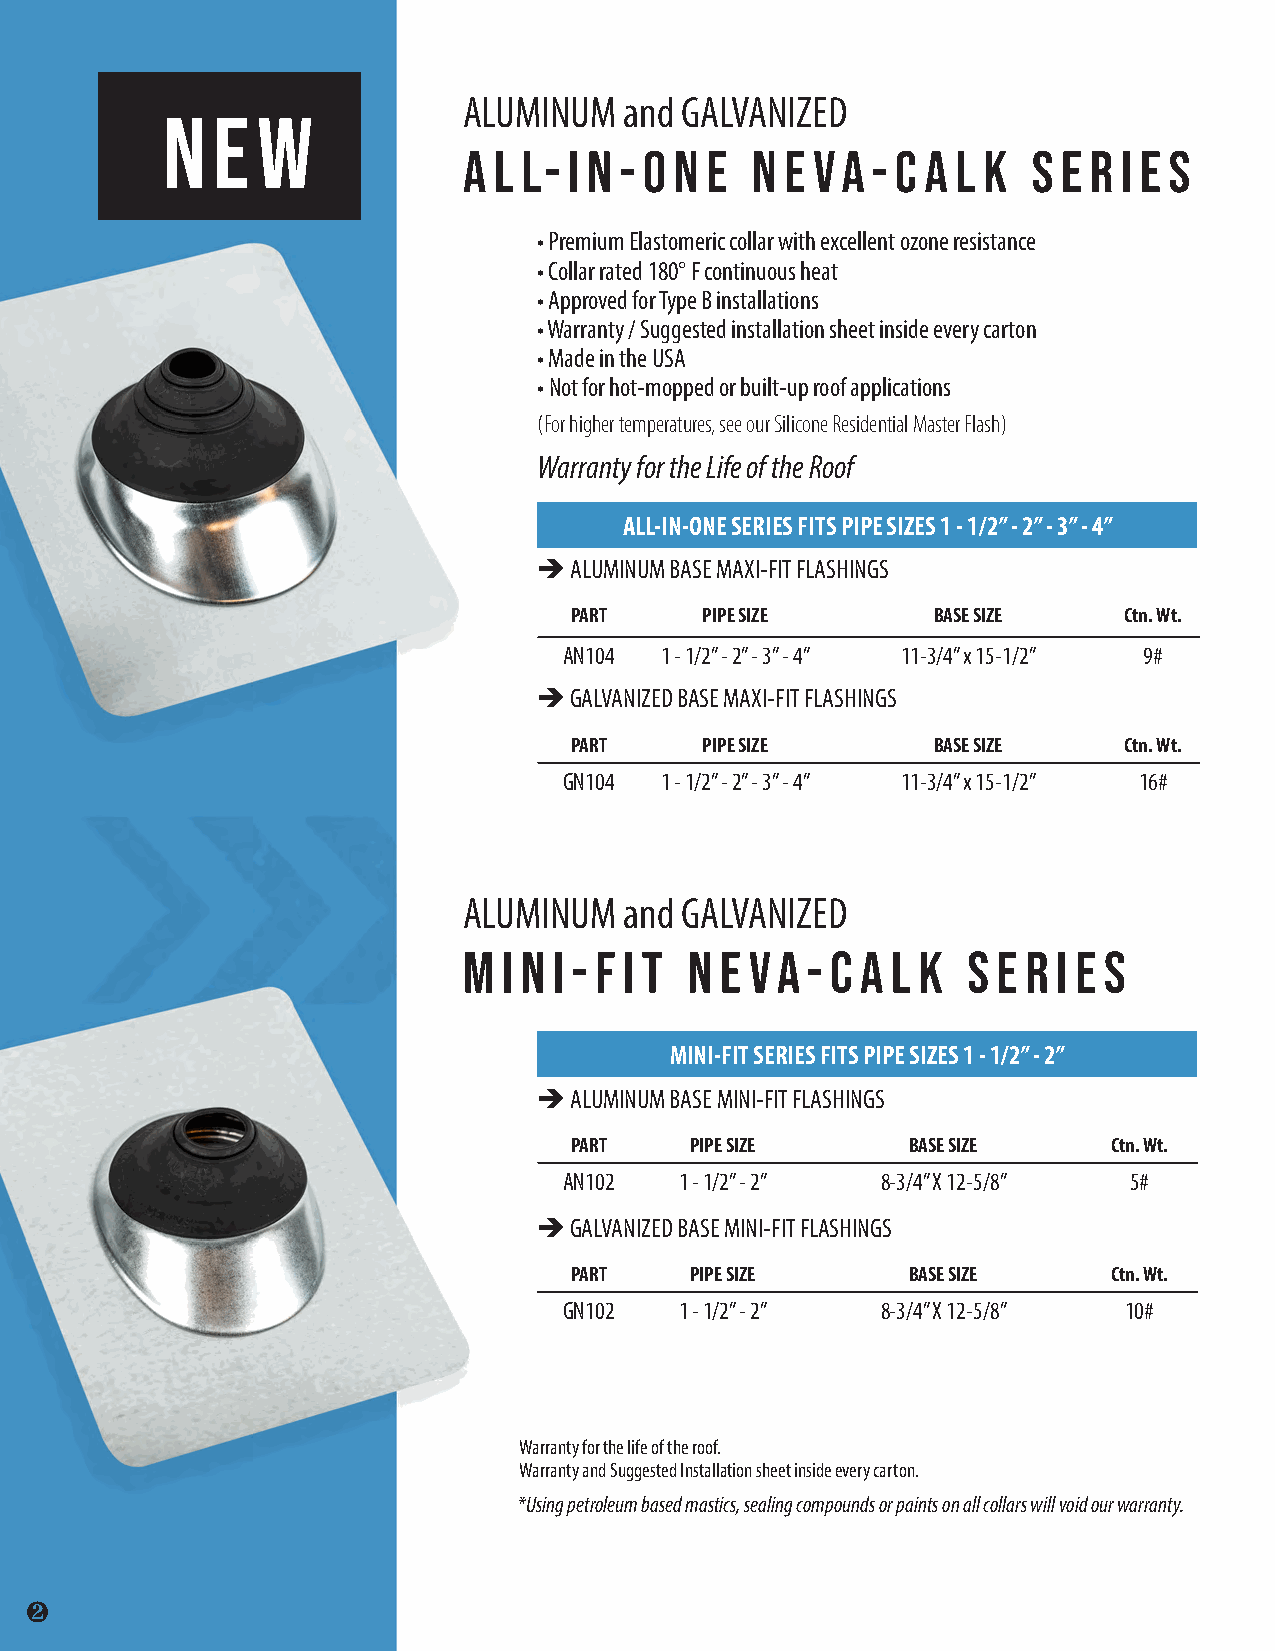
ALUMINUM  and GALVANIZED
 N  E  W
 A L L- I N - O N E n e va  - c a l k s e r i e s
 • Premium Elastomeric collar with excellent ozone resistance
 • Collar rated 180° F continuous heat
 • Approved for Type B installations
 • Warranty / Suggested installation sheet inside every carton
 • Made in the USA
 • Not for hot-mopped or built-up roof applications
 (For higher temperatures, see our Silicone Residential Master Flash)
 Warranty for the Life of the Roof
 ALL-IN-ONE SERIES FITS PIPE SIZES 1 - 1/2” - 2” - 3” - 4”
  ALUMINUM BASE MAXI-FIT FLASHINGS
 PART    PIPE SIZE       BASE SIZE   Ctn. Wt.
 AN104  1 - 1/2” - 2” - 3” - 4” 11-3/4” x 15-1/2” 9#
  GALVANIZED BASE MAXI-FIT FLASHINGS
 PART    PIPE SIZE       BASE SIZE   Ctn. Wt.
 GN104  1 - 1/2” - 2” - 3” - 4” 11-3/4” x 15-1/2” 16#
 ALUMINUM  and GALVANIZED
 m i n i - f i t n e va - c a l k s e r i e s
 MINI-FIT SERIES FITS PIPE SIZES 1 - 1/2” - 2”
  ALUMINUM BASE MINI-FIT FLASHINGS
 PART    PIPE SIZE     BASE SIZE     Ctn. Wt.
 AN102   1 - 1/2” - 2” 8-3/4” X 12-5/8” 5#
  GALVANIZED BASE MINI-FIT FLASHINGS
 PART    PIPE SIZE     BASE SIZE     Ctn. Wt.
 GN102   1 - 1/2” - 2” 8-3/4” X 12-5/8” 10#
 Warranty for the life of the roof.
 Warranty and Suggested Installation sheet inside every carton.
 *Using petroleum based mastics, sealing compounds or paints on all collars will void our warranty.
 ❷